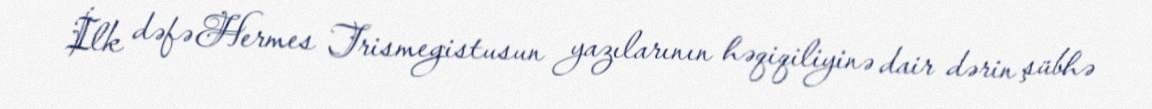
İlk dəfə Hermes Trismegistusun yazılarının həqiqiliyinə dair dərin şübhə